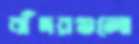
বাঁদরগুলো